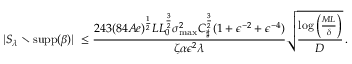
| S _ { \lambda } \setminus \operatorname { s u p p } ( { \boldsymbol { \beta } } ) | ~ \leq \frac { 2 4 3 ( 8 4 A e ) ^ { \frac 1 2 } L L _ { 0 } ^ { \frac 3 2 } \sigma _ { \operatorname* { m a x } } ^ { 2 } C _ { \sharp } ^ { \frac 3 2 } ( 1 + \epsilon ^ { - 2 } + \epsilon ^ { - 4 } ) } { \zeta \alpha \epsilon ^ { 2 } \lambda } \sqrt { \frac { \log \left( \frac { M L } { \delta } \right) } D } \, .